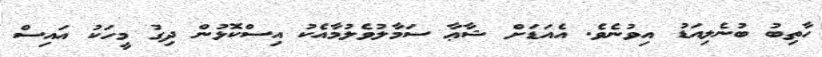
ހާތިބު ބުނެލިއަޑު އިވުނެވެ. އެއަޑަށް ޝާޢާ ސަމާލުވެލުމާއެކު އިސްކޮޅުން ދިގު މީހަކު އައިސް